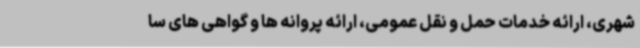
شهری، ارائه خدمات حمل و نقل عمومی، ارائه پروانه ها و گواهی های سا